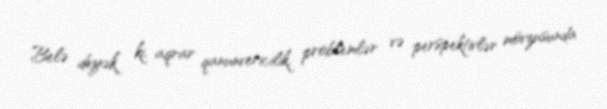
Belə deyək ki, aqrar qanunvericilik, problemlər və perspektivlər mövzusunda